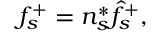
\begin{array} { r } { f _ { s } ^ { + } = n _ { s } ^ { * } \hat { f } _ { s } ^ { + } , } \end{array}